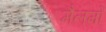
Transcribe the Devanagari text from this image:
मैलमों